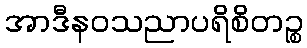
အာဒီနဝသညာပရိစိတဉ္စ